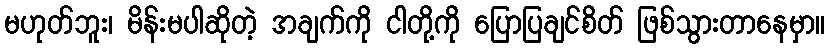
မဟုတ်ဘူး၊ မိန်းမပါဆိုတဲ့ အချက်ကို ငါတို့ကို ပြောပြချင်စိတ် ဖြစ်သွားတာနေမှာ။